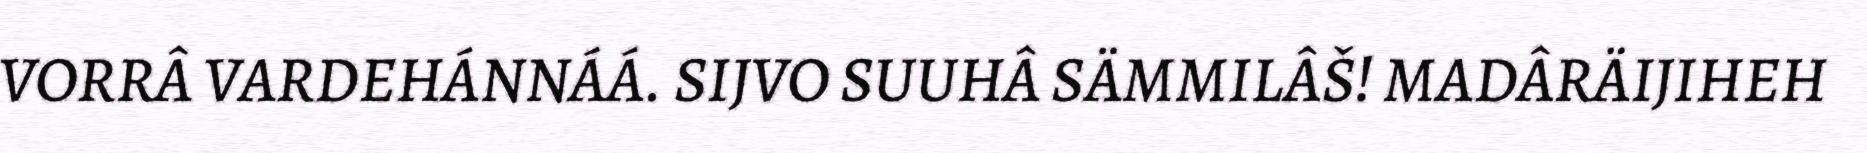
VORRÂ VARDEHÁNNÁÁ. SIJVO SUUHÂ SÄMMILÂŠ! MADÂRÄIJIHEH